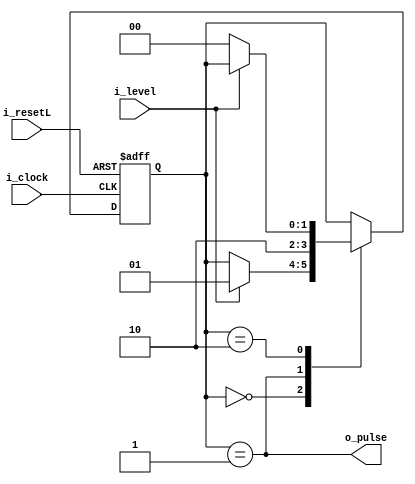
module low_to_high_detector(
    input i_clock,
    input i_resetL,
    input i_level,
    output o_pulse
);
    localparam [1:0]
        STATEZERO= 2'b00,
        STATEONE = 2'b01,
        STATETHREE=2'b10;

    reg[1:0] r_current_state, r_next_state;
    initial begin
        r_current_state <= STATEZERO;
        r_next_state <= STATEZERO;
    end

    always @(r_current_state, i_level) begin
        r_next_state = r_current_state;
        case(r_current_state)
            STATEZERO:
                if (i_level) r_next_state <= STATEONE;
            STATEONE:
                r_next_state <= STATETHREE;
            STATETHREE:
                if (~i_level) r_next_state <= STATEZERO;
        endcase
    end
    
    always @(posedge i_clock, negedge i_resetL)
        if (~i_resetL) r_current_state <= STATEZERO;
        else r_current_state <= r_next_state;

    assign o_pulse = (r_current_state == STATEONE);
endmodule